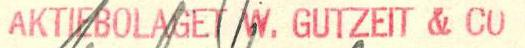
AKTIEBOLAGET W. GUTZEIT & CO